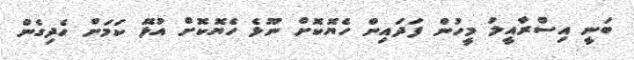
ބަނީ އިސްރާއީލު މީހުން ފަދައިން ހެޔޮކޮށް ނޫޅެ ހެޔޮކޮށް އުޅޭ ކަމަށް ހެދިގެން